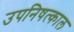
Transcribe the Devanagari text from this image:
उपनिषत्काल